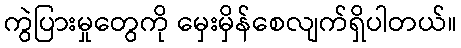
ကွဲပြားမှုတွေကို မှေးမှိန်စေလျက်ရှိပါတယ်။